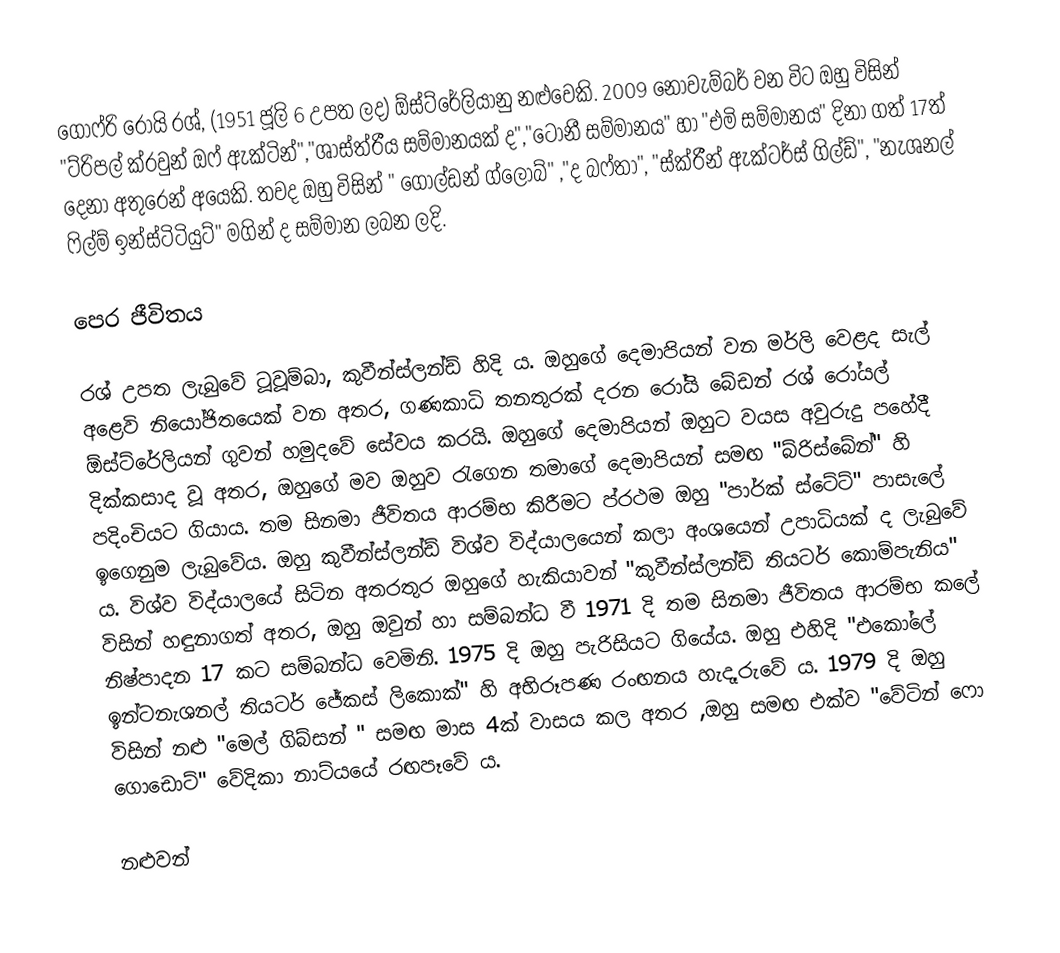
ගොෆ්රි රෝයි රශ්, (1951 ජූලි 6 උපත ලද) ඕස්ට්රේලියානු නළුවෙකි. 2009 නොවැම්බර් වන විට ඔහු විසින් "ට්රිපල් ක්රවුන් ඔෆ් ඇක්ටින්","ශාස්ත්රීය සම්මානයක් ද","ටෝනී සම්මානය" හා "එමි සම්මානය" දිනා ගත් 17ත් දෙනා අතුරෙන් අයෙකි. තවද ඔහු විසින් " ගෝල්ඩන් ග්ලෝබ්" ,"ද බෆ්තා", "ස්ක්රීන් ඇක්ටර්ස් ගිල්ඩ්", "නැශනල් ෆිල්ම් ඉන්ස්ටිටියුට්" මගින් ද සම්මාන ලබන ලදි.

පෙර ජීවිතය

රශ් උපත ලැබුවේ ටූවූම්බා, කුවීන්ස්ලන්ඩ් හිදි ය. ඔහුගේ දෙමාපියන් වන මර්ලි  වෙළද සැල් අළෙවි නියෝජිතයෙක් වන අතර, ගණකාධි තනතුරක් දරන රෝයි බේඩන් රශ් රෝයල් ඕස්ට්රේලියන් ගුවන් හමුදවේ සේවය කරයි. ඔහුගේ දෙමාපියන් ඔහුට වයස අවුරුදු පහේදී දික්කසාද වූ අතර, ඔහුගේ මව ඔහුව රැගෙන තමාගේ දෙමාපියන් සමඟ "බ්රිස්බේන්" හි පදිංචියට ගියාය. තම සිනමා ජීවිතය ආරම්භ කිරීමට ප්රථම ඔහු "පාර්ක් ස්ටේට්" පාසැලේ ඉගෙනුම ලැබුවේය. ඔහු කුවීන්ස්ලන්ඩ් විශ්ව විද්යාලයෙන් කලා  අංශයෙන් උපාධියක් ද ලැබුවේ ය. විශ්ව විද්යාලයේ සිටින අතරතුර ඔහුගේ හැකියාවන් "කුවීන්ස්ලන්ඩ් තියටර් කොම්පැනිය" විසින් හඳුනාගත් අතර, ඔහු  ඔවුන් හා සම්බන්ධ වී 1971 දි තම සිනමා ජීවිතය ආරම්භ කලේ නිෂ්පාදන 17 කට සම්බන්ධ වෙමිනි. 1975 දි ඔහු පැරිසියට ගියේය. ඔහු එහිදි "එකෝලේ ඉන්ටනැශනල් තියටර් ජේකස් ලිකොක්" හි අභිරූපණ රංඟනය හැදෑරුවේ ය. 1979 දි ඔහු විසින් නළු "මෙල් ගිබ්සන් " සමඟ මාස 4ක් වාසය කල අතර ,ඔහු සමඟ එක්ව "වේටින් ෆො ගොඩොට්" වේදිකා නාට්යයේ රඟපෑවේ ය.

නළුවන්